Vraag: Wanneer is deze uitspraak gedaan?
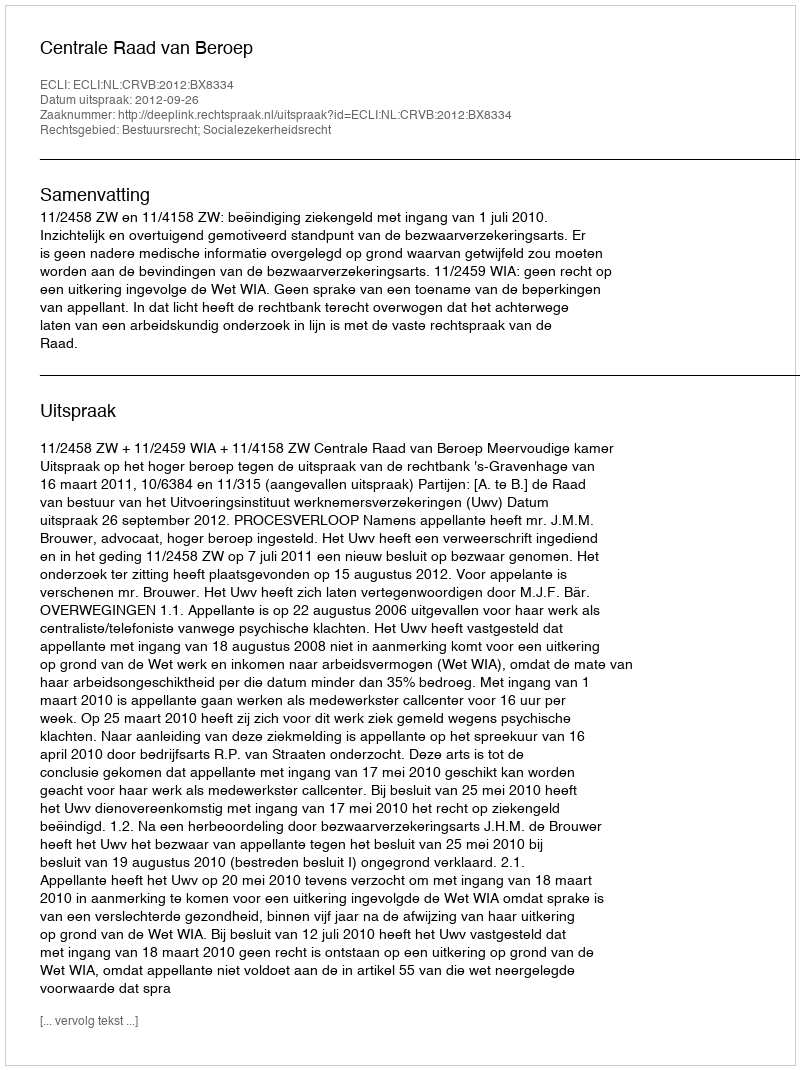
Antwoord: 2012-09-26